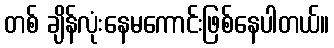
တစ် ချိန်လုံးနေမကောင်းဖြစ်နေပါတယ်။